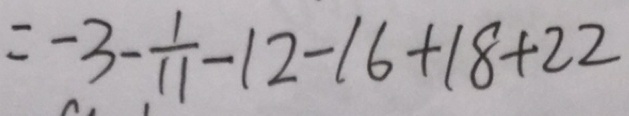
= - 3 - \frac { 1 } { 1 1 } - 1 2 - 1 6 + 1 8 + 2 2